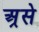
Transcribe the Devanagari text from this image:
अ्रसे